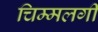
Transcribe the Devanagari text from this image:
चिम्मलगी